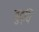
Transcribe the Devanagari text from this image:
बुद्धि